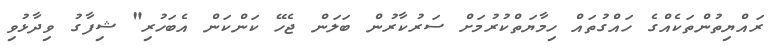
ރައްޔިތުންތަކެއްގެ ހައްގުތައް ހިމާޔަތްކުރުމަށް ސަރުކާރުން ބަލަން ޖެހޭ ކަންކަން އެބަހުރި" ޝިފާގު ވިދާޅުވި